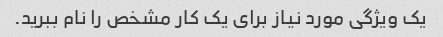
یک ویژگی مورد نیاز برای یک کار مشخص را نام ببرید.